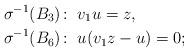
LaTeX: \begin{align*} \sigma^{-1}(B_3)&\colon \; v_1u=z,\\ \sigma^{-1}(B_6)&\colon \; u(v_1z-u)=0;\end{align*}